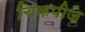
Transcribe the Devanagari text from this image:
चिकपीज